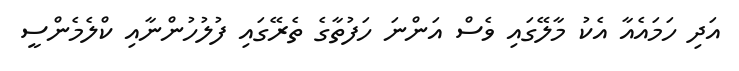
އަދި ހަމައެއާ އެކު މާލޭގައި ވެސް އަންނަ ހަފުތާގެ ތެރޭގައި ފުލުހުންނާއި ކްލެމެންސީ